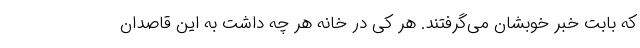
که بابت خبر خوبشان می‌گرفتند. هر کی در خانه هر چه داشت به این قاصدان